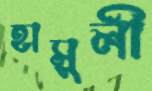
হাসুলী